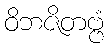
ဝိဘဇိတဗ္ဗံ